Report on sanitation, dispensaries, and jails in Rajputana for 1910, and on vaccination for the year 1910-1911 - 1910-1911
Year: 1910
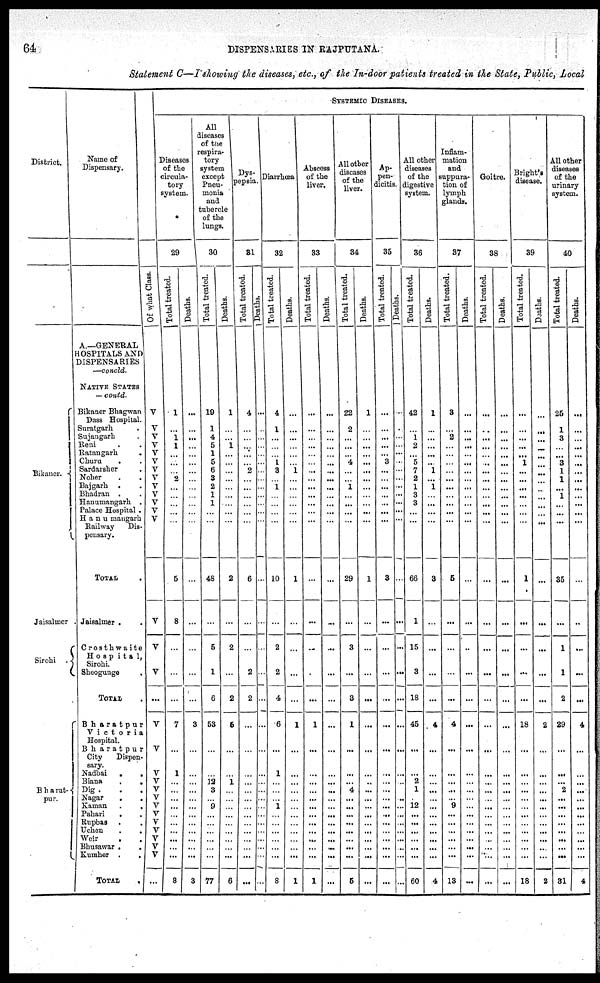
64
DISPENSARIES IN RAJPUTANA.
Statement C—I showing the diseases, etc., of the In-door patients treated in the State, Public, Local
District.
Jaisalmer .
Sirohi
Bharat-
pur.
Name of
Dispensary.
A.—GENERAL
HOSPITALS AND
DISPENSARIES
—concld.
NATIVE STATES
— contd.
Bikaner Bhagwan
Dass Hospital.
Suratgarh .
Sujangarh .
Reni . .
Ratangarh
.
Churu . .
Bajgarh . .
Bhadran . .
Hanumangarh .
Palace Hospital .
Hanumangarh
Railway
Dis-
pensary.
TOTAL .
Jaisalmer . .
Crosth waite
Hospita1,
Sirohi.
Sheogunge .
TOTAL
Bharatpur
Victoria
Hospital.
Bharatpur
City
Dispen-
sary.
Nadbai
.
.
Biana
.
.
Dig
.
.
.
Nagar . .
Kaman
.
.
Pahari . .
Rupbas . .
Uchen . .
Weir . .
Bhusawar . .
Kumher
. .
TOTAL .
SYSTEMIC DISEASES.
Diseases
of the
circula-
tory
system.
29
Of what Class.
V
V
V
V
V
V
V
V
V
V
V
...
V
V
V
...
V
V
V
V
V
V
V
V
V
V
V
V
V
...
Total treated.
1
...
1
1
...
...
...
...
...
...
...
5
8
...
...
...
7
...
1
...
...
...
...
...
...
...
...
...
...
8
Deaths.
...
...
...
...
...
...
...
...
...
...
...
...
...
...
...
...
3
...
...
...
...
...
...
...
...
...
...
...
...
3
All
diseases
of the
respira-
tory
system
except
Pneu-
monia
and
tubercle
of the
lungs.
30
Total treated.
19
...
...
...
...
...
...
...
...
...
...
48
...
5
1
6
53
...
... 12
3
...
9
...
...
...
...
...
...
77
Deaths.
1
...
...
1
...
...
...
...
...
...
...
2
...
2
...
2
5
...
... 1
...
...
...
...
...
...
...
...
...
6
Dys-
pepsia.
31
Total treated.
4
...
...
...
...
...
...
...
...
...
...
6
...
...
2
2
...
...
...
...
...
...
...
...
...
...
...
...
...
...
Deaths.
...
...
...
...
...
...
...
...
...
...
...
...
...
...
...
...
...
...
...
...
...
...
...
...
...
...
...
...
...
...
Diarrhœa
32
Total treated.
4
1
...
...
...
1
1
...
...
...
...
10
...
2
2
4
6
...
1
...
...
...
1
...
...
...
...
...
...
8
Deaths.
...
...
...
...
...
...
...
...
...
...
...
1
...
...
...
...
1
...
...
...
...
...
...
...
...
...
...
...
...
1
Abscess
of the
liver.
33
Total treated.
...
...
...
...
...
...
...
...
...
...
...
...
...
...
...
...
1
...
...
...
...
...
...
...
...
...
...
...
...
1
Deaths.
...
...
...
...
...
...
...
...
...
...
...
...
...
...
...
...
...
...
...
...
...
...
...
...
...
...
...
...
...
...
All other
diseases
of the
liver.
34
Total treated.
22
2
...
...
...
4
1
...
...
...
...
29
...
3
...
3
1
...
...
...
4
...
...
...
...
...
...
...
...
5
Deaths.
1
...
...
...
...
...
...
...
...
...
...
1
...
...
...
...
...
...
...
...
...
...
...
...
...
...
...
...
...
...
Ap-
pen-
dicitis.
35
Total treated.
...
...
...
...
...
3
...
...
...
...
...
3
...
...
...
...
...
...
...
...
...
...
...
...
...
...
...
...
...
...
Deaths.
...
...
...
...
...
...
...
...
...
...
...
...
...
...
...
...
...
...
...
..
...
..
...
...
...
...
...
...
...
...
All other
diseases
of the
digestive
system.
36
Total treated.
42
...
1
2
...
5
1
3
3
...
...
66
1
15
3
18
45
...
...
2
1
...
12
...
...
...
...
...
...
60
Deaths.
1
...
...
...
...
...
1
...
...
...
...
3
...
...
...
...
4
...
...
...
...
...
...
...
...
...
...
...
...
4
Inflam-
mation
and
auppura-
tion of
lymph
glands.
37
Total treated.
3
...
2
...
...
...
...
...
...
...
...
5
...
...
...
...
4
...
...
...
...
...
9
...
...
...
...
...
...
13
Deaths.
...
...
...
...
...
...
...
...
...
...
...
...
...
...
...
...
...
...
...
...
...
...
...
...
...
...
...
...
...
...
Goitre.
38
Total treated.
...
...
...
...
...
..
...
...
...
...
...
...
...
...
...
...
...
...
...
...
...
...
...
...
...
...
...
...
...
...
Deaths.
...
...
...
...
...
...
...
...
...
...
...
...
...
...
...
...
...
...
...
...
...
...
...
...
...
...
...
...
...
...
Bright's
disease.
39
Total treated.
...
...
...
...
...
1
...
...
...
...
...
1
...
...
...
...
18
...
...
...
...
...
...
...
...
...
...
...
...
18
Deaths.
...
...
...
...
...
...
...
...
...
...
...
...
...
...
...
...
2
...
...
...
...
...
...
...
...
...
...
...
...
2
All other
diseases
of the
urinary
system.
40
Total treated.
25
1
3
...
...
3
...
1
...
...
...
35
...
1
1
2
29
...
...
...
2
...
...
...
...
...
...
...
...
81
Deaths.
...
...
...
...
...
...
...
...
...
...
...
...
...
...
...
...
4
...
...
...
...
...
...
...
...
...
...
...
...
4